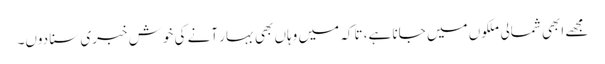
مجھے ابھی شمالی ملکوں میں جانا ہے، تاکہ میں وہاں بھی بہار آنے کی خوش خبری سنا دوں۔